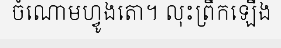
ចំណោមហ្វូងតោ។ លុះព្រឹកឡើង